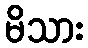
မိသား